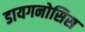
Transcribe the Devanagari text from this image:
डायगनोसिस